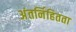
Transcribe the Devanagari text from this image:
अंतर्निहितता